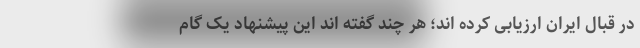
در قبال ایران ارزیابی کرده اند؛ هر چند گفته اند این پیشنهاد یک گام